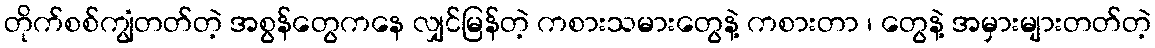
တိုက်စစ်ကျွံတတ်တဲ့ အစွန်တွေကနေ လျှင်မြန်တဲ့ ကစားသမားတွေနဲ့ ကစားတာ ၊ တွေနဲ့ အမှားများတတ်တဲ့